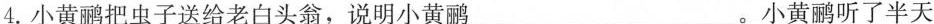
4.小黄鹂把虫子送给老白头翁，说明小黄鹂___。小黄鹂听了半天